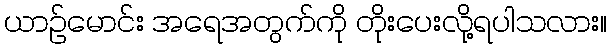
ယာဉ်မောင်း အရေအတွက်ကို တိုးပေးလို့ရပါသလား။